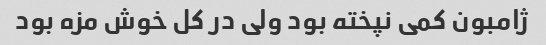
ژامبون کمی نپخته بود ولی در کل خوش مزه بود